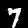
Label: 7